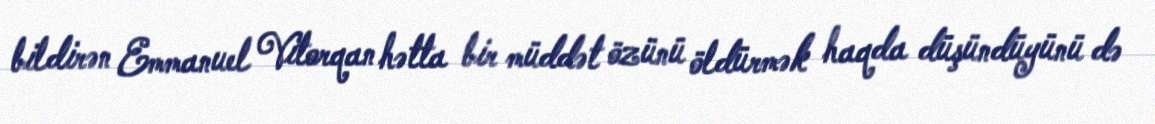
bildirən Emmanuel Vitorqan hətta bir müddət özünü öldürmək haqda düşündüyünü də